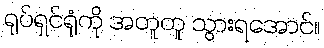
ရုပ်ရှင်ရုံကို အတူတူ သွားရအောင်။